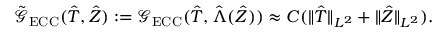
\tilde { \mathcal { G } } _ { \mathrm { E C C } } ( \hat { T } , \hat { Z } ) : = \mathcal G _ { \mathrm { E C C } } ( \hat { T } , \hat { \Lambda } ( \hat { Z } ) ) \approx C ( \Vert \hat { T } \Vert _ { { L ^ { 2 } } } + \Vert \hat { Z } \Vert _ { { L ^ { 2 } } } ) .